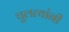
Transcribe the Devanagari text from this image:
चुलत्यांनी